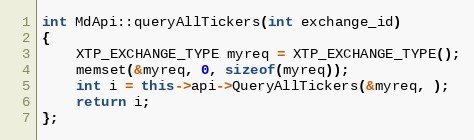
Language: C++
int MdApi::queryAllTickers(int exchange_id)
{
	XTP_EXCHANGE_TYPE myreq = XTP_EXCHANGE_TYPE();
	memset(&myreq, 0, sizeof(myreq));
	int i = this->api->QueryAllTickers(&myreq, );
	return i;
};